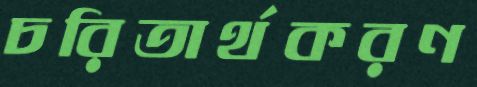
চরিতার্থকরণ